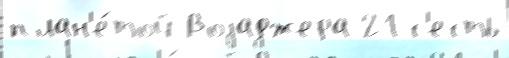
план'е́той Воjаджера 21 с'есть